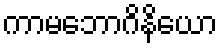
ကာမဘောဂိနိယော